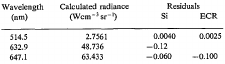
<table><thead><tr><td rowspan="2"><b>Wavelength(nm)</b></td><td rowspan="2"><b>Calculated radiance(Wcm<sup>−3</sup>sr<sup>−1</sup>)</b></td><td colspan="2"><b>Residuals</b></td></tr><tr><td><b>Si</b></td><td><b>ECR</b></td></tr></thead><tbody><tr><td>514.5</td><td> 2.7561</td><td>0.0040</td><td>0.0025</td></tr><tr><td>632.9</td><td>48.736</td><td>−0.12</td><td></td></tr><tr><td>647.1</td><td>63.433</td><td>−0.060</td><td>−0.100</td></tr></tbody></table>